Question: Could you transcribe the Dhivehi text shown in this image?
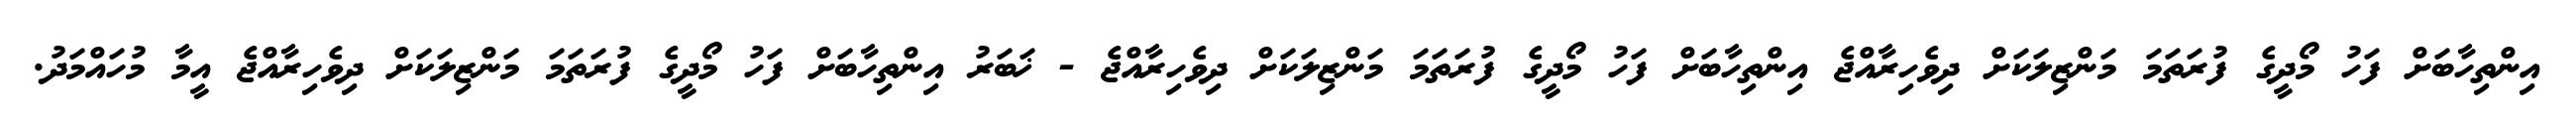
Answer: އިންތިހާބަށް ފަހު މޯދީގެ ފުރަތަމަ މަންޒިލަކަށް ދިވެހިރާއްޖެ އިންތިހާބަށް ފަހު މޯދީގެ ފުރަތަމަ މަންޒިލަކަށް ދިވެހިރާއްޖެ - ޚަބަރު އިންތިހާބަށް ފަހު މޯދީގެ ފުރަތަމަ މަންޒިލަކަށް ދިވެހިރާއްޖެ އީމާ މުހައްމަދު.